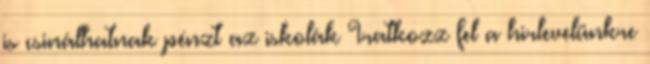
is csinálhatnak pénzt az iskolák Iratkozz fel a hirlevelünkre